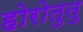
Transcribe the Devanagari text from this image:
होरोतुतु